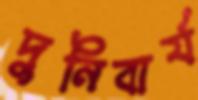
দুনিবার্য